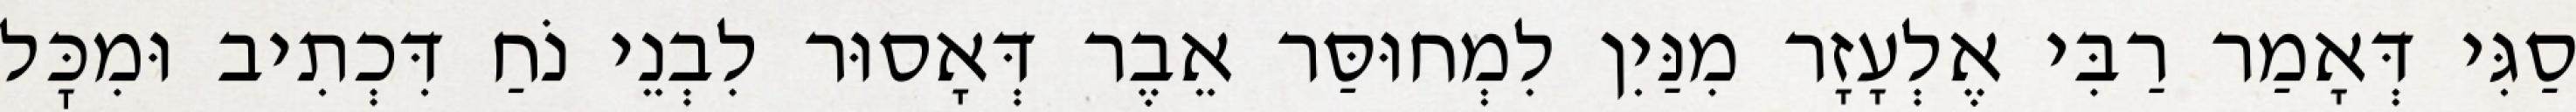
סַגִּי דְּאָמַר רַבִּי אֶלְעָזָר מִנַּיִן לִמְחוּסַּר אֵבֶר דְּאָסוּר לִבְנֵי נֹחַ דִּכְתִיב וּמִכׇּל